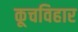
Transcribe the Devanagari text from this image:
कूचविहार